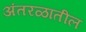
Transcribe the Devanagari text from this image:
अंतरळातील